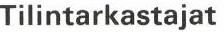
Tilintarkastajat